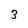
Character: 3